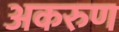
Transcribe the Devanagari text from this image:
अकरुण